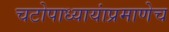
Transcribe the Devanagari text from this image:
चटोपाध्यायांप्रमाणेच